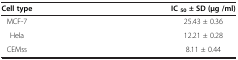
| Cell type | IC 50 ± SD (μg /ml) |
 | --- | --- |
 | MCF-7 | 25.43 ± 0.36 |
 | Hela | 12.21 ± 0.28 |
 | CEMss | 8.11 ± 0.44 |